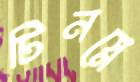
টিনস্নে